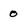
Character: o